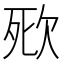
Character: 㰷